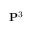
\mathbf { P } ^ { 3 }